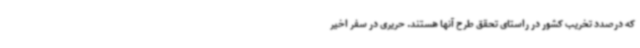
که درصدد تخریب کشور در راستای تحقق طرح آنها هستند. حریری در سفر اخیر